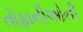
તોફાનીઓની